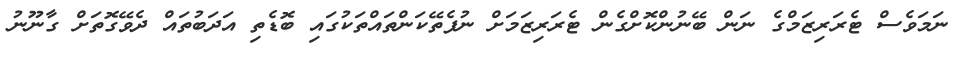
ނަމަވެސް ޓެރަރިޒަމްގެ ނަން ބޭނުންކޮށްގެން ޓެރަރިޒަމަށް ނުފެތޭކަންތައްތަކުގައި ބޮޑެތި އަދަބުތައް ދެވޭގޮތަށް ގާނޫނު